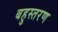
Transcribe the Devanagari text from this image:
बहुस्तरण